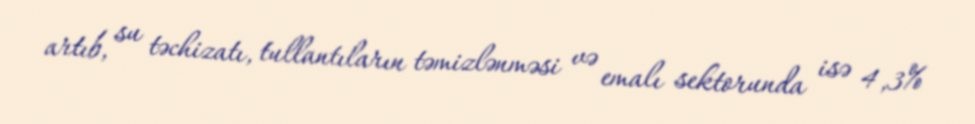
artıb, su təchizatı, tullantıların təmizlənməsi və emalı sektorunda isə 4,3%